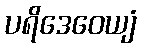
ပရိဒေဝေယျံ